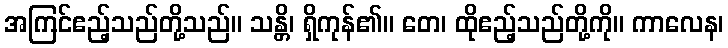
အကြင်ဧည့်သည်တို့သည်။ သန္တိ၊ ရှိကုန်၏။ တေ၊ ထိုဧည့်သည်တို့ကို။ ကာလေန၊